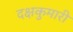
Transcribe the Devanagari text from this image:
दक्षकुमारी